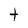
Character: t